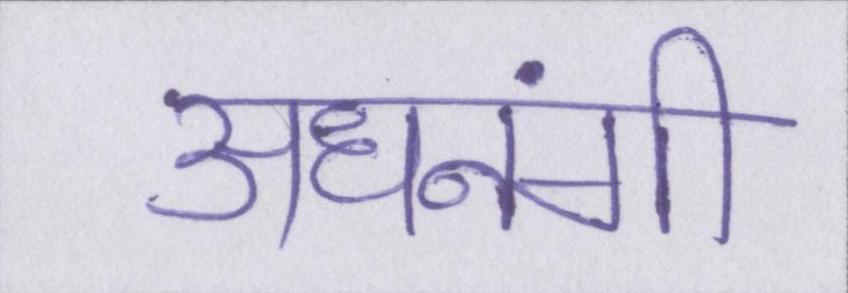
अधनंगी